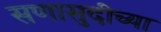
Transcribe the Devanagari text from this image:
सणासुदीच्या